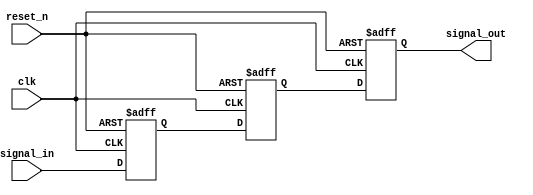
module metastability_detector (
    input wire clk,          // Clock signal
    input wire reset_n,     // Active low asynchronous reset
    input wire signal_in,    // Asynchronous input signal
    output reg signal_out    // Stable output signal
);

    // Internal signals for the flip-flops
    reg ff1, ff2;

    // First flip-flop: captures the input signal
    always @(posedge clk or negedge reset_n) begin
        if (!reset_n) begin
            ff1 <= 1'b0; // Reset FF1 to known state
        end else begin
            ff1 <= signal_in; // Capture input signal
        end
    end

    // Second flip-flop: captures the output of the first flip-flop
    always @(posedge clk or negedge reset_n) begin
        if (!reset_n) begin
            ff2 <= 1'b0; // Reset FF2 to known state
        end else begin
            ff2 <= ff1; // Capture output of FF1
        end
    end

    // Output signal is the output of the second flip-flop
    always @(posedge clk or negedge reset_n) begin
        if (!reset_n) begin
            signal_out <= 1'b0; // Reset output to known state
        end else begin
            signal_out <= ff2; // Stable output
        end
    end

endmodule